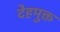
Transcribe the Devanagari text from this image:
देहमुक्त